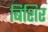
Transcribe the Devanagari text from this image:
बिशिर